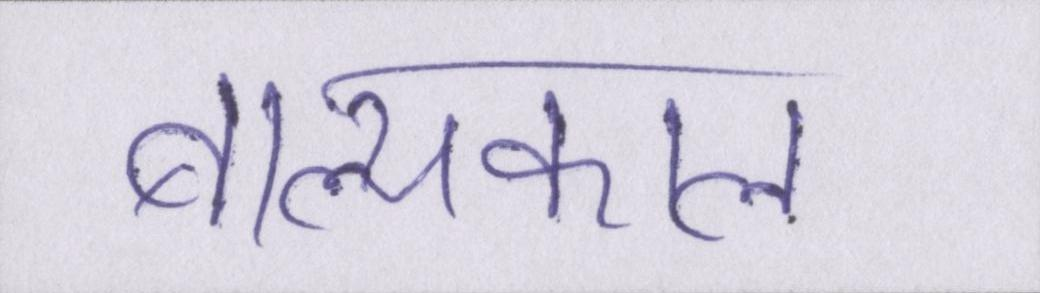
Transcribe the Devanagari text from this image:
बाल्यकाल